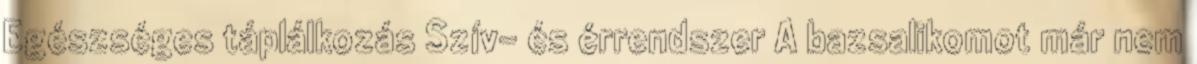
Egészséges táplálkozás Szív- és érrendszer A bazsalikomot már nem